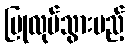
ပြုလုပ်သွားမည့်